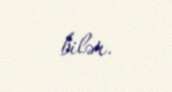
bilər.